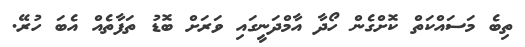
ތިބެ މަސައްކަތް ކޮށްގެން ހޯދާ އާމްދަނީގައި ވަރަށް ބޮޑު ތަފާތެއް އެބަ ހުރޭ.